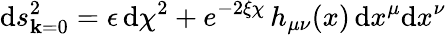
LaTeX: \mathrm{d}s_{\mathbf{k}=0}^{2}=\epsilon\, \mathrm{d}\chi^{2}+e^{-2\xi\chi}\, h_{\mu\nu}(x)\, \mathrm{d}x^{\mu}\mathrm{d}x^{\nu}